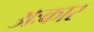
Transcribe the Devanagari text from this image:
अःकार